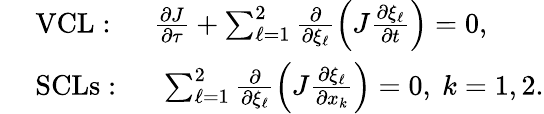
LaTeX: \begin{array}{rl}&{\mathrm{~VCL:~}\quad\frac{\partial J}{\partial\tau}+\sum_{\ell=1}^{2}\frac{\partial}{\partial\xi_{\ell}}\left(J\frac{\partial\xi_{\ell}}{\partial t}\right)=0,}\\ &{\mathrm{~SCLs:~}\quad\sum_{\ell=1}^{2}\frac{\partial}{\partial\xi_{\ell}}\left(J\frac{\partial\xi_{\ell}}{\partial x_{k}}\right)=0,~k=1,2.}\end{array}